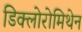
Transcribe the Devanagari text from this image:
डिक्लोरोमिथेन